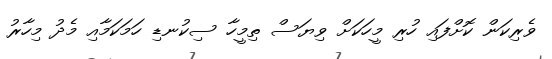
ވެރިކަން ކޮށްފައި ހުރި މީހަކަށް ވިޔަސް ތިމީހާ ސިކުނޑި ހަމަކަމާއި މެދު މިހާރު